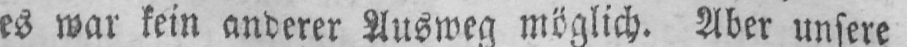
es war kein anderer Ausweg möglich. Aber unsere